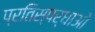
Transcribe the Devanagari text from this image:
प्रतिस्पर्धाओ